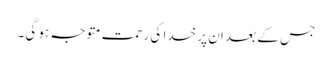
جس کے بعد ان پر خدا کی رحمت متوجہ ہو گی۔